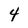
Character: 4